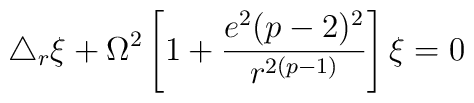
\triangle_r\xi + \Omega^2\left[1+\frac{e^2(p-2)^2}{r^{2(p-1)}}\right]\xi = 0